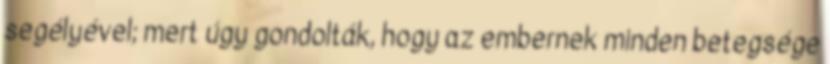
segélyével; mert úgy gondolták, hogy az embernek minden betegsége